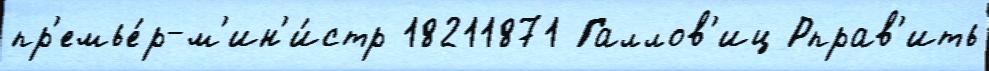
пр'емье́р-м'ин'и́стр 18211871 Галлов'иц Рправ'ить